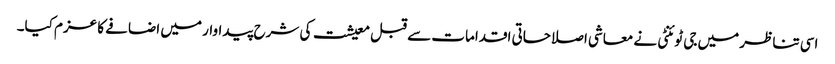
اسی تناظر میں جی ٹوئنٹی نے معاشی اصلاحاتی اقدامات سے قبل معیشت کی شرح پیداوار میں اضافے کا عزم کیا۔